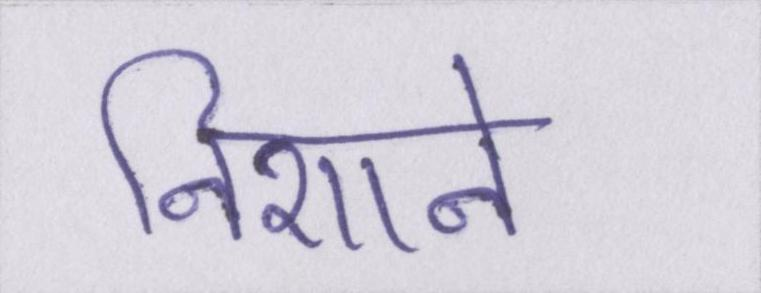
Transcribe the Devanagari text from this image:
निशाने